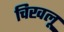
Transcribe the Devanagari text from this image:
चिखलू